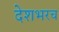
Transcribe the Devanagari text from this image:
देशभरच